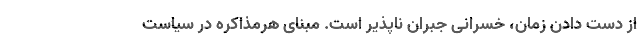
از دست دادن زمان، خسرانی جبران ناپذیر است. مبنای هرمذاکره در سیاست